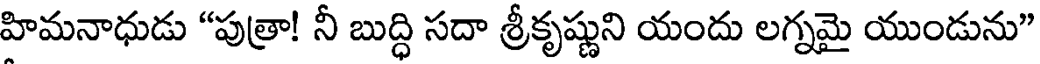
హిమనాధుడు "పుత్రా! నీ బుద్ధి సదా శ్రీకృష్ణుని యందు లగ్నమై యుండును"